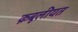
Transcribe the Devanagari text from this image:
क़बूलीयत